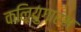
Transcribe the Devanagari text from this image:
कलियुगारंभ